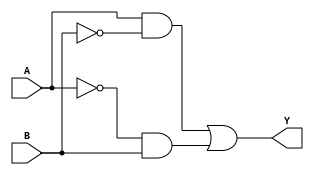
module XOR_gate (
    input wire A,
    input wire B,
    output reg Y
);

wire T1, T2, I;

assign T1 = (A & ~B);
assign T2 = (~A & B);

assign I = T1 | T2;

assign Y = I;

endmodule